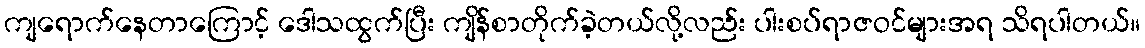
ကျရောက်နေတာကြောင့် ဒေါသထွက်ပြီး ကျိန်စာတိုက်ခဲ့တယ်လို့လည်း ပါးစပ်ရာဇဝင်များအရ သိရပါတယ်။